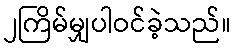
၂ကြိမ်မျှပါဝင်ခဲ့သည်။